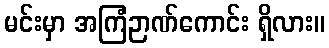
မင်းမှာ အကြံဉာဏ်ကောင်း ရှိလား။